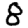
Digit: 8